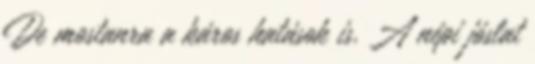
De mostanra a káros hatások is. A népi jóslat